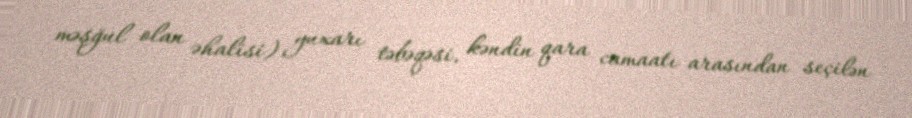
məşğul olan əhalisi) yuxarı təbəqəsi, kəndin qara camaatı arasından seçilən